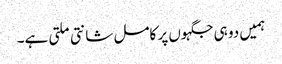
ہمیں دو ہی جگہوں پر کامل شانتی ملتی ہے۔